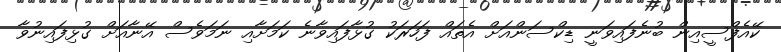
ކޭއެފްސީއިން ބުނެފައިވަނީ ޑިކްސަންއަށް އެތައް ފަހަރަކު ގުޅާފައިވާނެ ކަމަށާއި ނަމަވެސް އޭނާއަށް ގުޅިފައިނުވާ